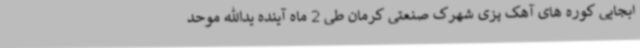
ابجایی کوره های آهک پزی شهرک صنعتی کرمان طی 2 ماه آینده یدالله موحد